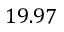
1 9 . 9 7